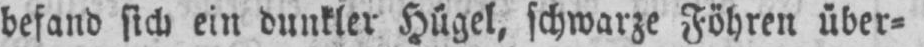
befand sich ein dunkler Hügel, schwarze Föhren über⸗